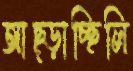
আছ্‌ড়াচ্ছিলি